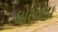
ઘોરવાડા